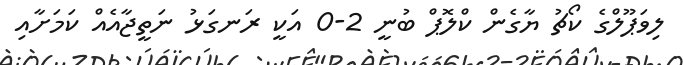
ލިވަޕޫލްގެ ކޯޗު ޔާގެން ކްލޮޕް ބުނީ 2-0 އަކީ ރަނގަޅު ނަތީޖާއެއް ކަމަށާއި